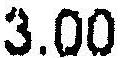
3.00